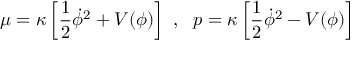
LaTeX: \mu = \kappa \left[ \frac { 1 } { 2 } \dot { \phi } ^ { 2 } + V ( \phi ) \right] ~ , ~ ~ p = \kappa \left[ \frac { 1 } { 2 } \dot { \phi } ^ { 2 } - V ( \phi ) \right]